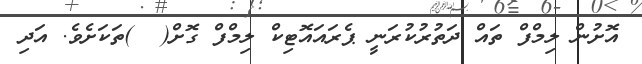
އޮށުން ލިމްފް ތައް ދަތުރުކުރަނީ ޕެރައައޮޓިކް ލިމްފް ގޮށް(  )ތަކަށެވެ. އަދި